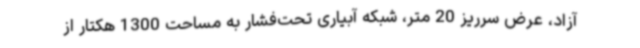
آزاد، عرض سرریز 20 متر، شبکه آبیاری تحت‌فشار به مساحت 1300 هکتار از